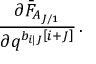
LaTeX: \frac { \partial \bar { F } _ { A _ { J / 1 } } } { \partial q ^ { b _ { i | J } \left[ i + J \right] } } \, .